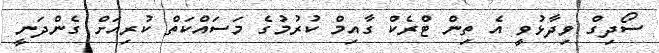
ސޯދިގް ވިދާޅުވީ އެ ތިން ޓްރެކް ގާއިމް ކުރުމުގެ މަސައްކަތް ކުރިއަށް ގެންދަނީ